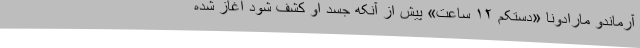
آرماندو مارادونا «دستکم ۱۲ ساعت» پیش از آنکه جسد او کشف شود آغاز شده